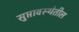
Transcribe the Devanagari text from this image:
सुप्तावस्थेतील